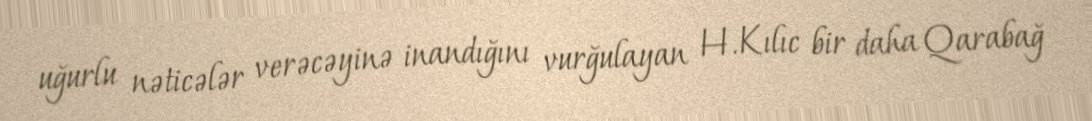
uğurlu nəticələr verəcəyinə inandığını vurğulayan H.Kılıc bir daha Qarabağ